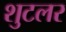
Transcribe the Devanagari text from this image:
शुटलर